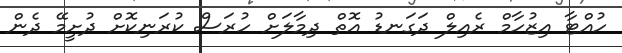
ހުއްޓާ އިޒުހާމް ރެއިލް ދަގަނޑު އޮތް ދިމާލަށް ހުރަސް ކުރަނިކޮށް ދުށީމޭ ދެން